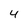
Character: 4